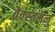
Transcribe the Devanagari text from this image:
वैवस्तमनु